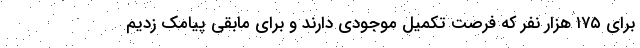
برای ۱۷۵ هزار نفر که فرصت تکمیل موجودی دارند و برای مابقی پیامک زدیم